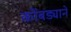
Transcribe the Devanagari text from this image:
कोंबड्याने